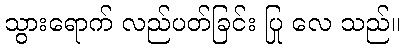
သွားရောက် လည်ပတ်ခြင်း ပြု လေ သည်။